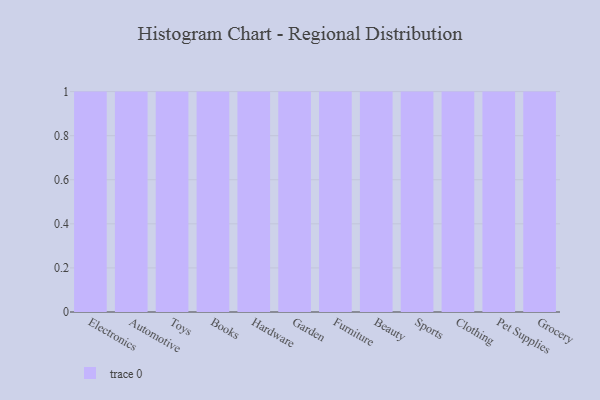
{"axis": {"x": "Category", "y": "Temperature (°C)"}, "legend": [""], "data": [{"x": "Electronics", "y": 3, "type": ""}, {"x": "Automotive", "y": 51, "type": ""}, {"x": "Toys", "y": 81, "type": ""}, {"x": "Books", "y": 58, "type": ""}, {"x": "Hardware", "y": 89, "type": ""}, {"x": "Garden", "y": 22, "type": ""}, {"x": "Furniture", "y": 62, "type": ""}, {"x": "Beauty", "y": 12, "type": ""}, {"x": "Sports", "y": 78, "type": ""}, {"x": "Clothing", "y": 11, "type": ""}, {"x": "Pet Supplies", "y": 56, "type": ""}, {"x": "Grocery", "y": 52, "type": ""}]}